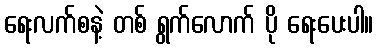
ရေးလက်စနဲ့ တစ် ရွက်လောက် ပို ရေးပေးပါ။